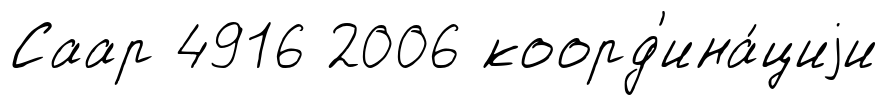
Саар 4916 2006 коорд'ина́циjи